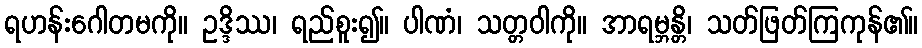
ရဟန်းဂေါတမကို။ ဥဒ္ဒိဿ၊ ရည်စူး၍။ ပါဏံ၊ သတ္တဝါကို။ အာရမ္ဘန္တိ၊ သတ်ဖြတ်ကြကုန်၏။